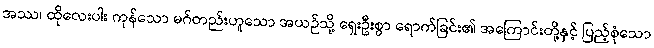
အဿ၊ ထိုလေးပါး ကုန်သော မဂ်တည်းဟူသော အယဉ်သို့ ရှေးဦးစွာ ရောက်ခြင်း၏ အကြောင်းတို့နှင့် ပြည့်စုံသော